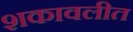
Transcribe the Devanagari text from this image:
शकावलीत